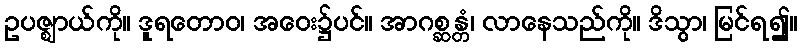
ဥပဇ္ဈာယ်ကို။ ဒူရတောဝ၊ အဝေး၌ပင်။ အာဂစ္ဆန္တံ၊ လာနေသည်ကို။ ဒိသွာ၊ မြင်ရ၍။